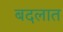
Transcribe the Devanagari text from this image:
बदलात